Vaike-Kullamaa_(Vaikna)_vallavalitsus, lk 22
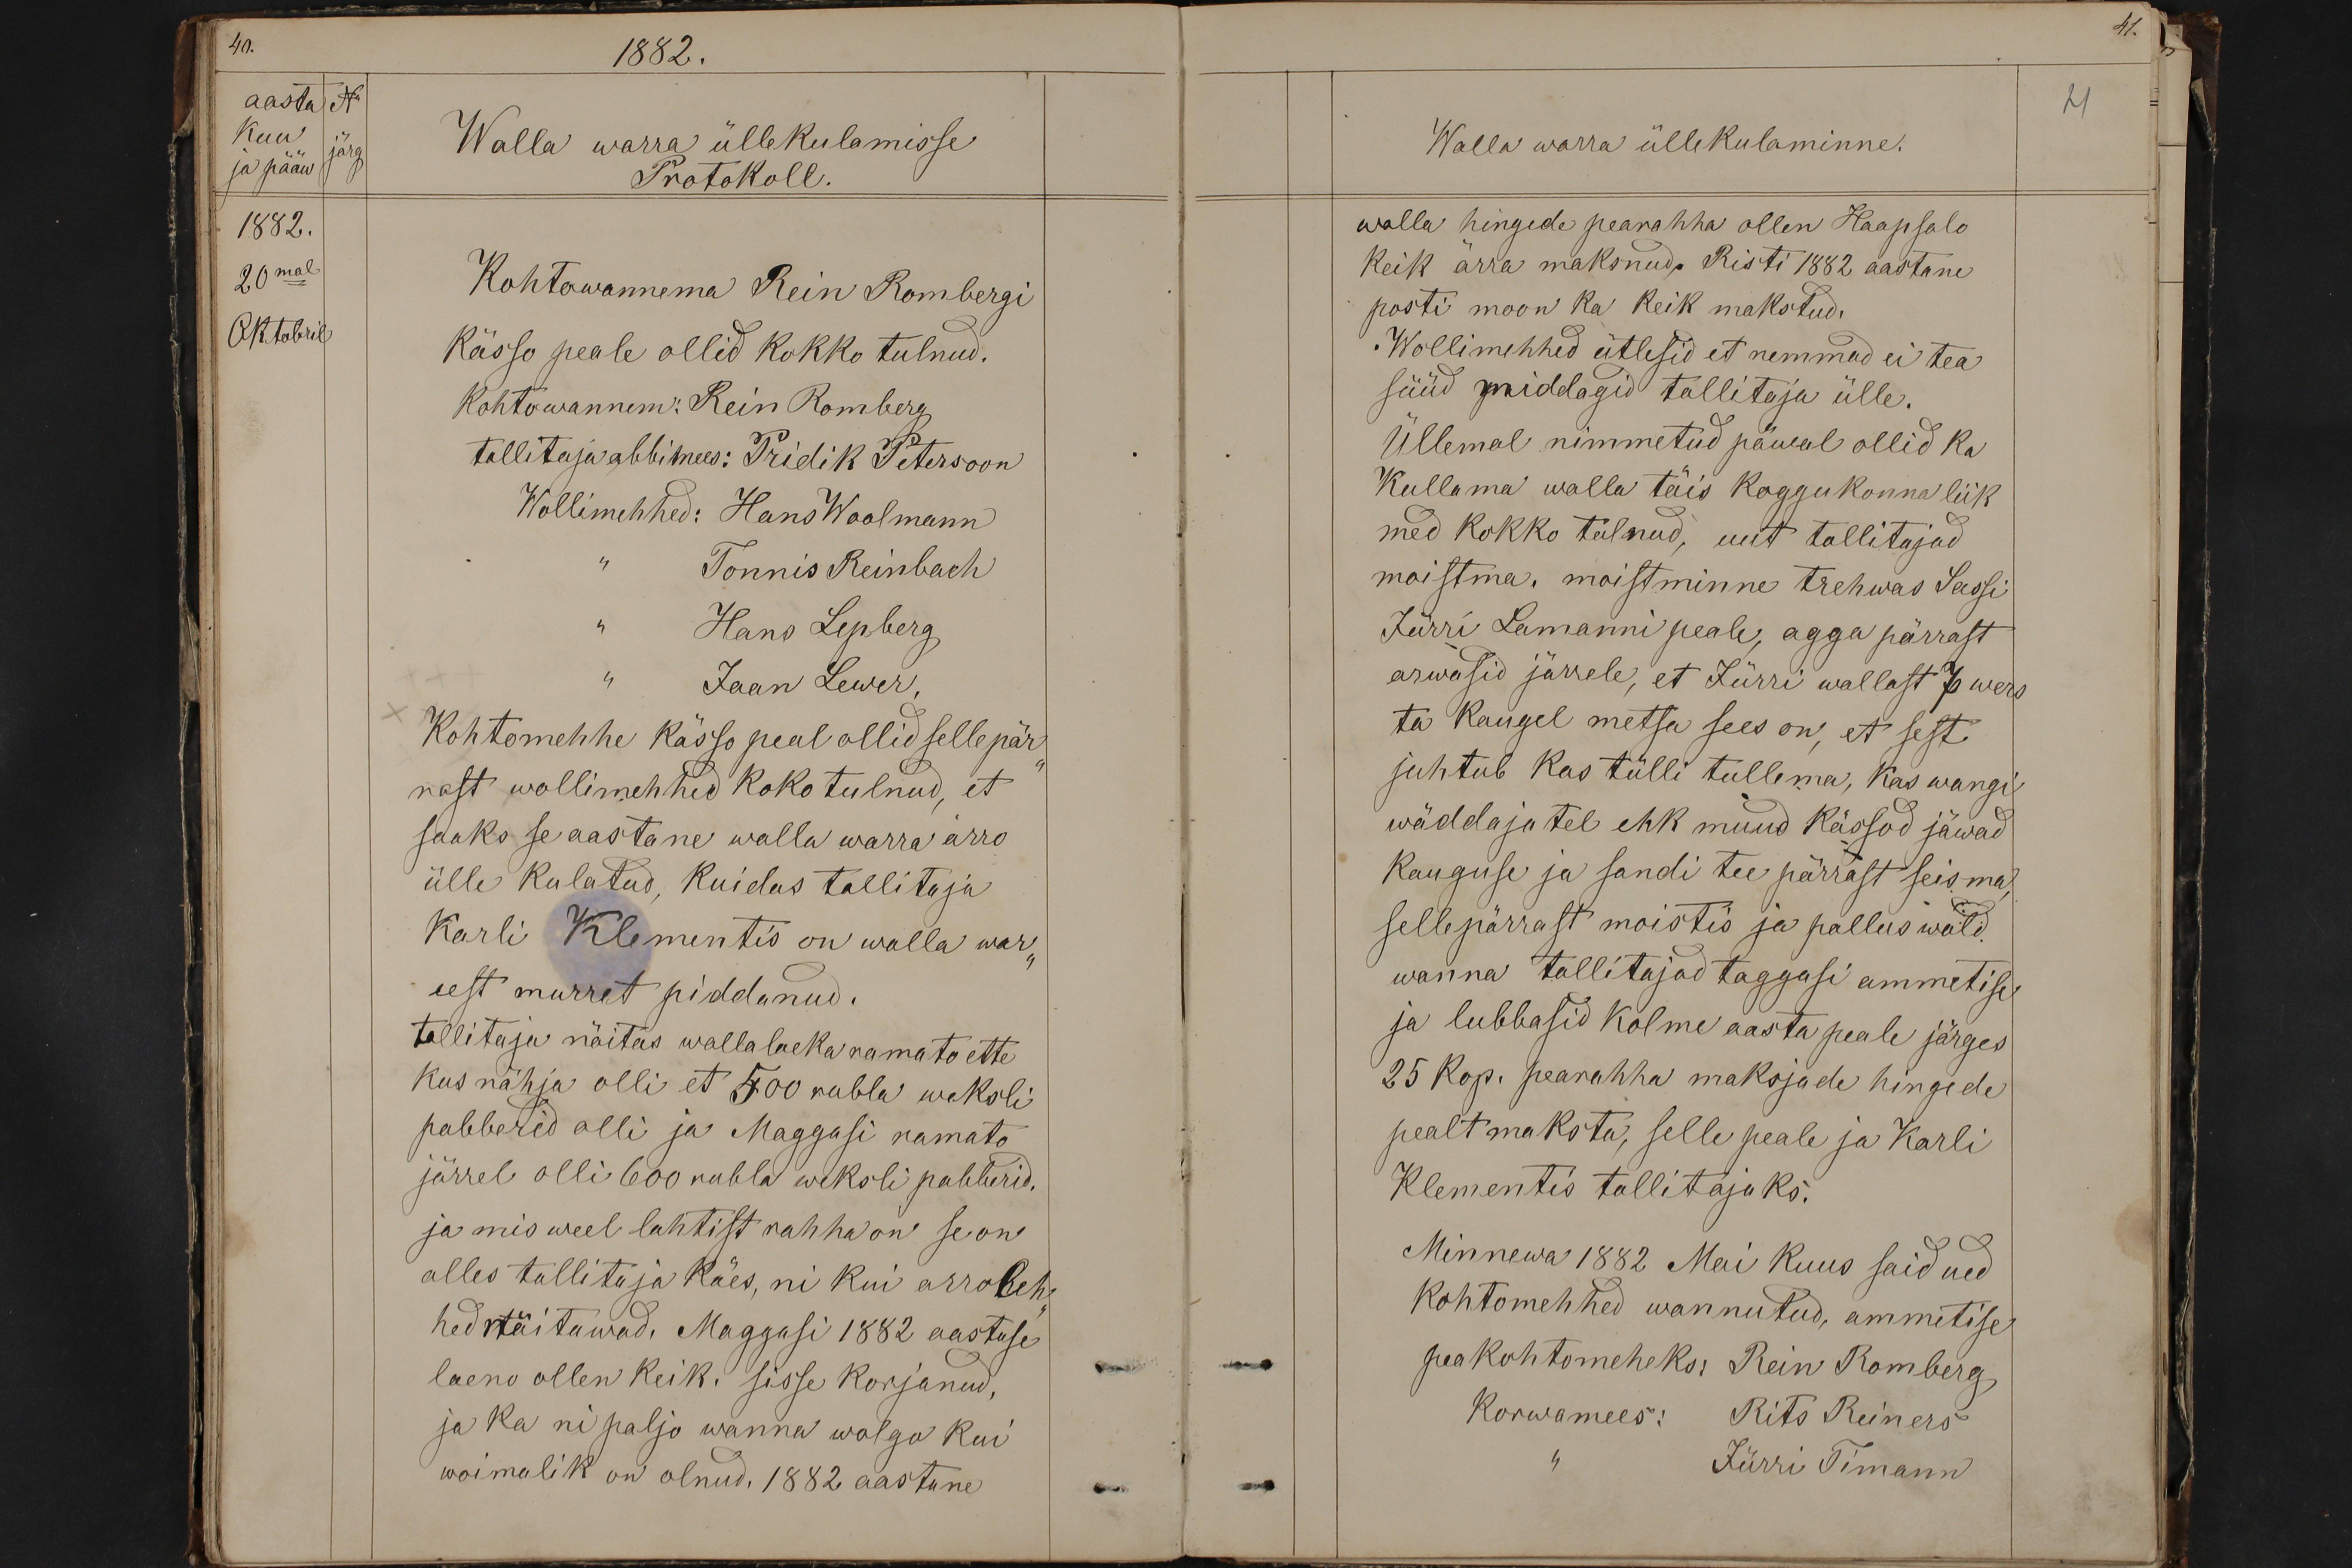
40.
1882.
aasta No
kuu
ja pääw järg
Walla warra üllekulamisse
Protokoll.
1882.
20mal
Kohtowannema Rein Rombergi
Oktobril
Kässo peale ollid kokko tulnud.
Kohtowannem: Rein Romberg
tallitaja abbimees: Pridik Petersoon
Wollimehhed: Hans Woolmann
Tonnis Reinbach
Hans Lepberg
Jaan Lewer,
Kohtomehhe kässo peal ollid sellepär-
rast wollimehhed koko tulnud, et
saaks se aastane walla warra arro
ülle kulatud, kuidas tallitaja
Karli Klementis on walla war-
eest murret piddanud.
tallitaja näitas walla laeka ramato ette
kus nähja olli et 500 rubla weksli
pabberid olli ja Maggasi ramato
järrel olli 600 rubla weksli pabberid.
ja mis weel lahtist rahha on se on
alles tallitaja käes, nii kui arroleh-
hed näitawad. Maggasi 1882 aastuse
laeno ollen keik. sisse korjanud,
ja ka ni paljo wanna wolgo kui
woimalik on olnud. 1882 aastane

21
Walla warra üllekulaminne.
walla hingede pearahha ollen Haapsalo
Keik ärra maksnud. Risti 1882 aastani
posti moon ka keik makstud.
Wollimehhed ütlesid et nemmad ei tea
süüd middagid tallitaja ülle.
Üllemal nimmetud päewal ollid ka
Kullama walla täis koggukonna liik
med kokko tulnud, uut tallitajad
moistma, moistminne trehwas Sassi
Jürri Lamanni peale, agga pärrast
arwasid järrele, et Jürri wallast 7 wers
ta kaugel metsa sees on, et sest
juhtub kas tülli tullema, kas wangi
wäddajatel ehk muud kässod jäwad
kauguse ja sandi tee pärrast seisma
sellepärrast moistis ja pallus wald
wanna tallitajad taggasi ammetise
ja lubbasid kolme aasta peale järges
25 kop. pearahha maksjade hingide
pealt maksta, selle peale ja Karli
Klementis tallitajaks.
Minnewa 1882 Mai kuus said ued
Kohtomehhed wannutud, ammetise
pea kohtomeheks: Rein Romberg
Korwamees: Rits Reiners
Jürri Timann